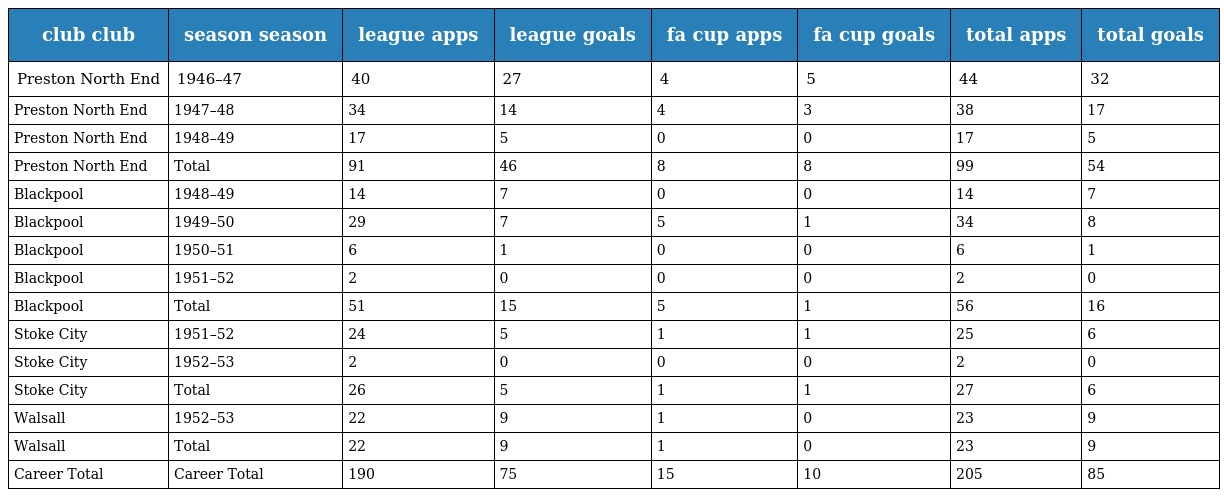
| club club | season season | league apps | league goals | fa cup apps | fa cup goals | total apps | total goals |
 | --- | --- | --- | --- | --- | --- | --- | --- |
 | Preston North End | 1946–47 | 40 | 27 | 4 | 5 | 44 | 32 |
 | Preston North End | 1947–48 | 34 | 14 | 4 | 3 | 38 | 17 |
 | Preston North End | 1948–49 | 17 | 5 | 0 | 0 | 17 | 5 |
 | Preston North End | Total | 91 | 46 | 8 | 8 | 99 | 54 |
 | Blackpool | 1948–49 | 14 | 7 | 0 | 0 | 14 | 7 |
 | Blackpool | 1949–50 | 29 | 7 | 5 | 1 | 34 | 8 |
 | Blackpool | 1950–51 | 6 | 1 | 0 | 0 | 6 | 1 |
 | Blackpool | 1951–52 | 2 | 0 | 0 | 0 | 2 | 0 |
 | Blackpool | Total | 51 | 15 | 5 | 1 | 56 | 16 |
 | Stoke City | 1951–52 | 24 | 5 | 1 | 1 | 25 | 6 |
 | Stoke City | 1952–53 | 2 | 0 | 0 | 0 | 2 | 0 |
 | Stoke City | Total | 26 | 5 | 1 | 1 | 27 | 6 |
 | Walsall | 1952–53 | 22 | 9 | 1 | 0 | 23 | 9 |
 | Walsall | Total | 22 | 9 | 1 | 0 | 23 | 9 |
 | Career Total | Career Total | 190 | 75 | 15 | 10 | 205 | 85 |